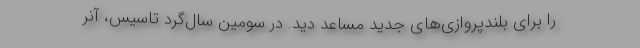
را برای بلندپروازی‌های جدید مساعد دید. در سومین سال‌گرد تاسیس، آنر